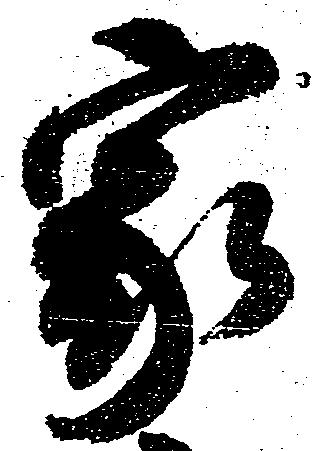
家